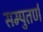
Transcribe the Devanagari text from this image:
सम्पुतर्ण